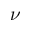
\nu